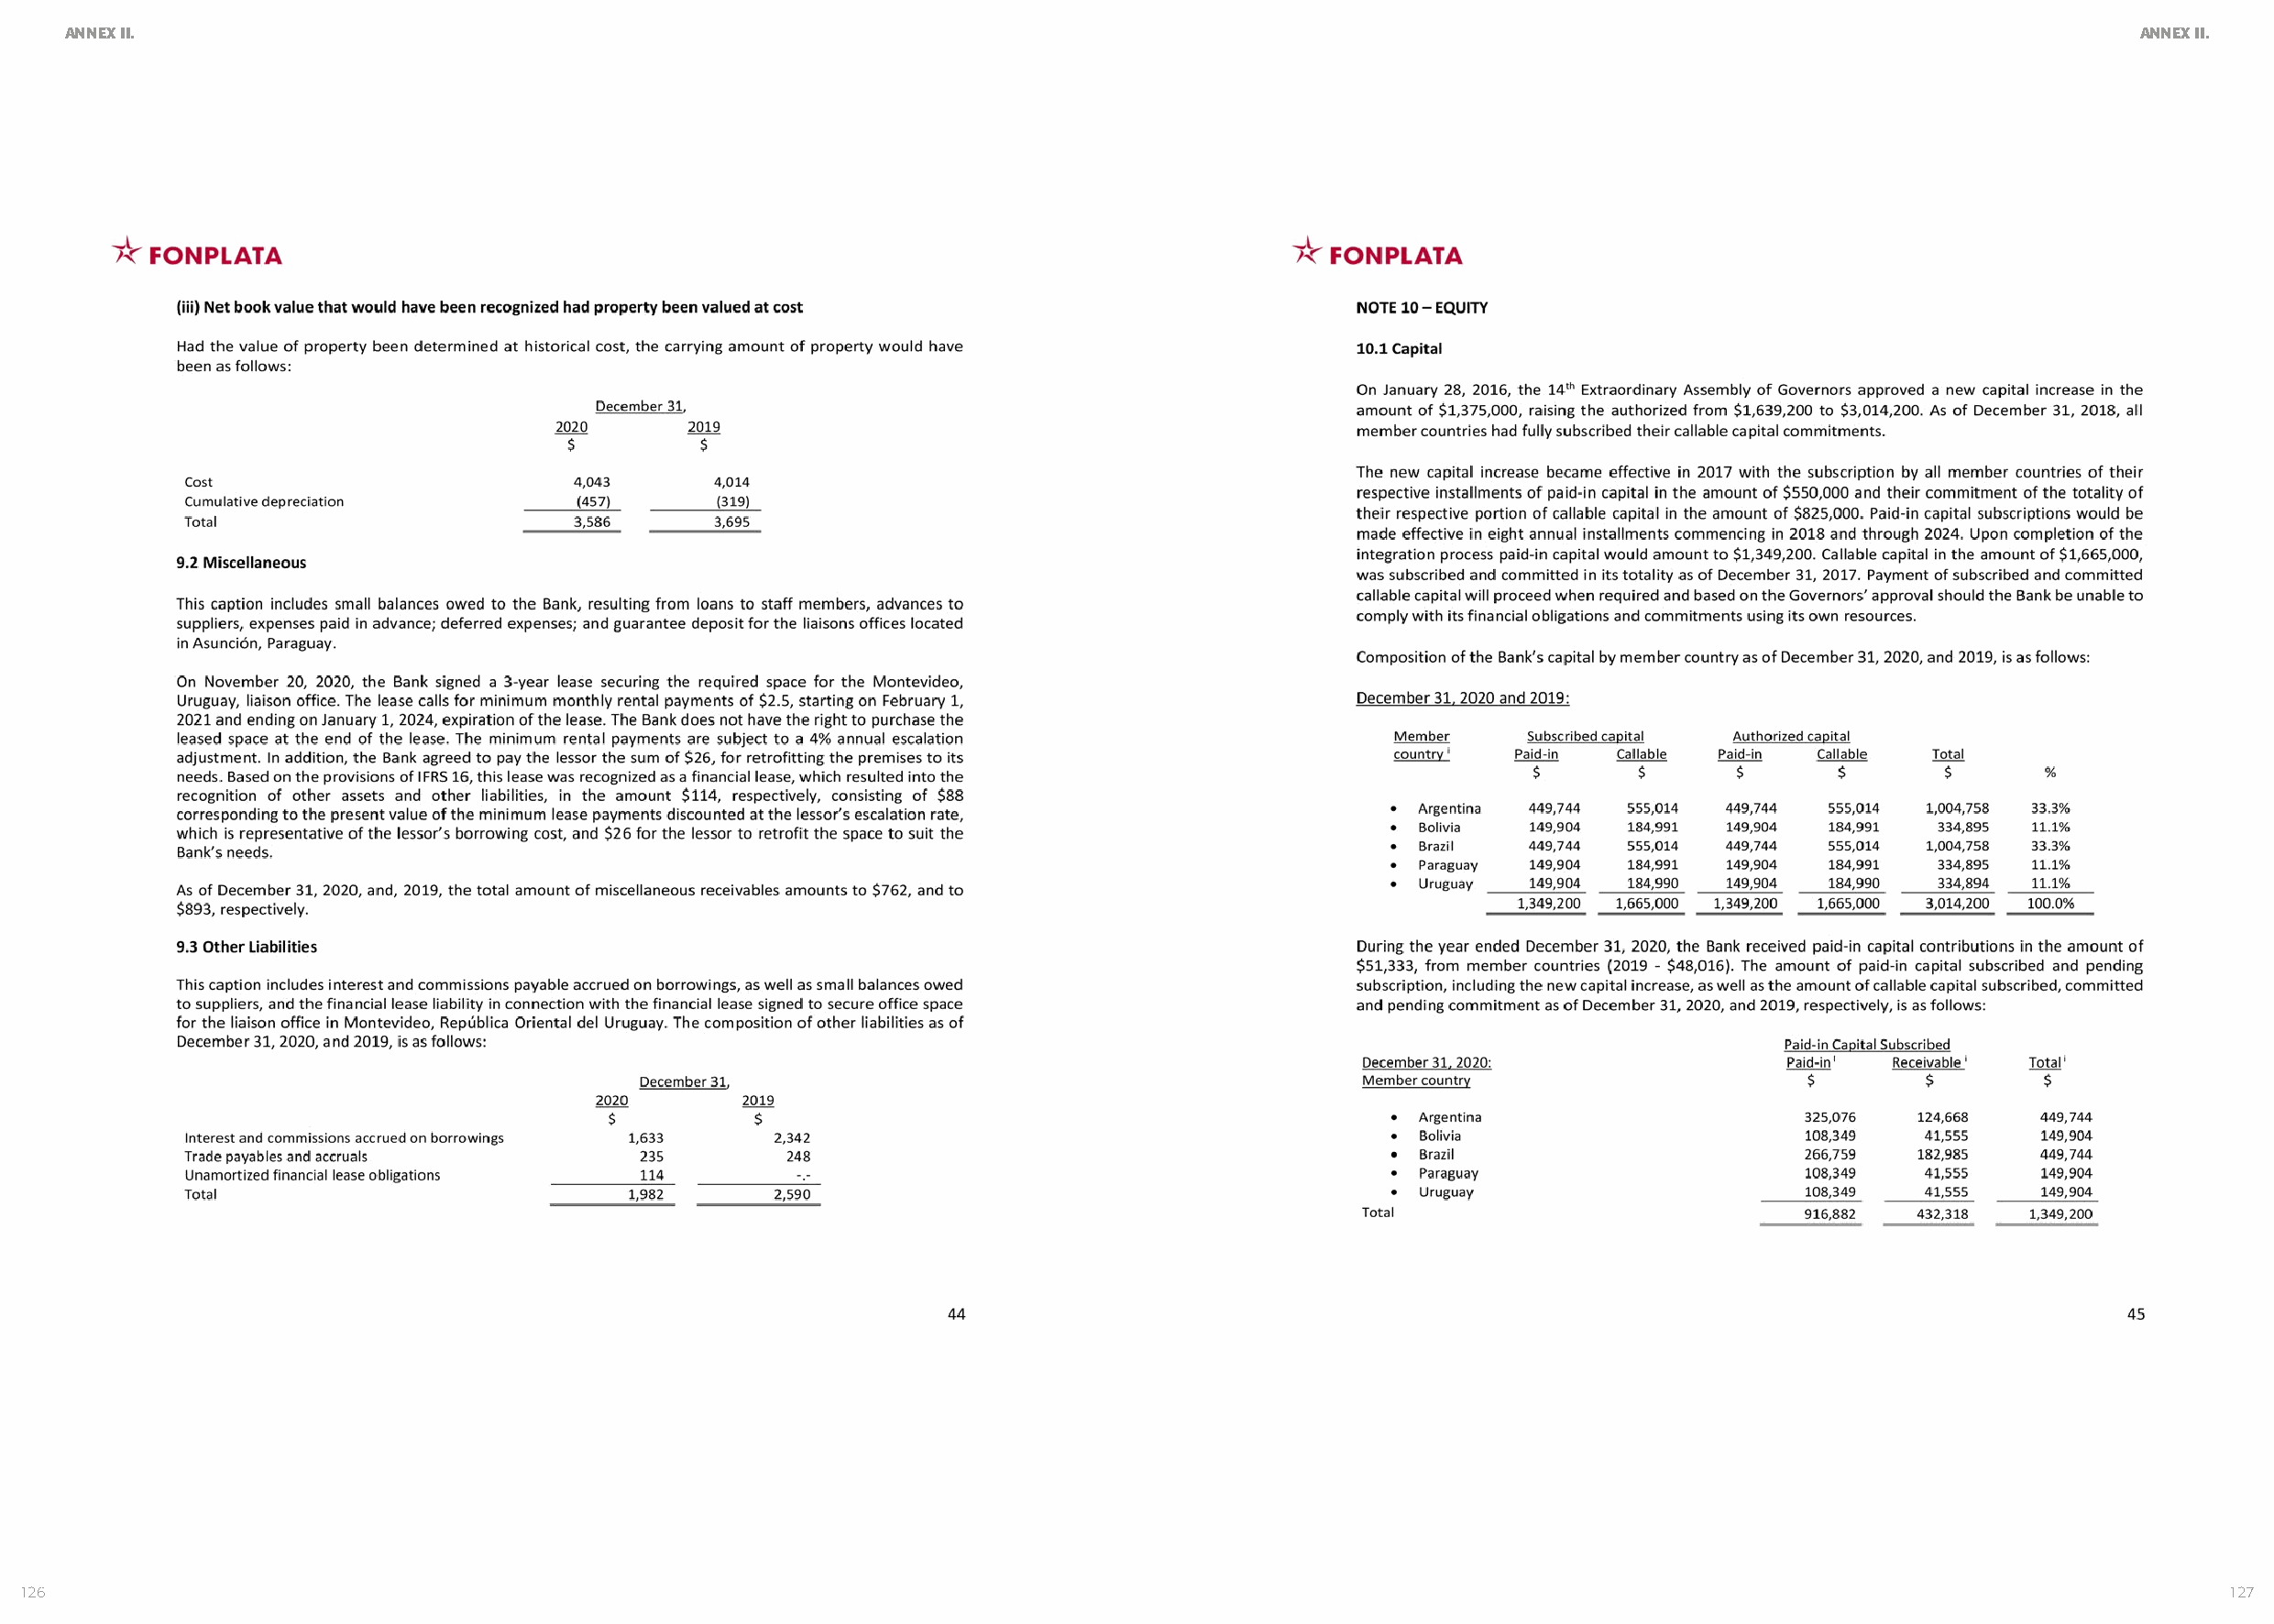
ANNEX II.                                                                                                                                             ANNEX II.
 126                                                                                                                                                             127